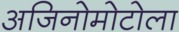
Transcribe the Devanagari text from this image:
अजिनोमोटोला